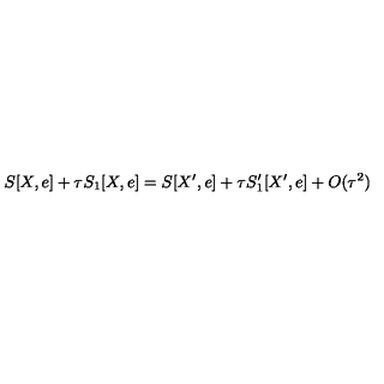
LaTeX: S [ X , e ] + \tau S _ { 1 } [ X , e ] = S [ X ^ { \prime } , e ] + \tau S _ { 1 } ^ { \prime } [ X ^ { \prime } , e ] + O ( \tau ^ { 2 } )